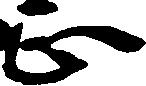
正